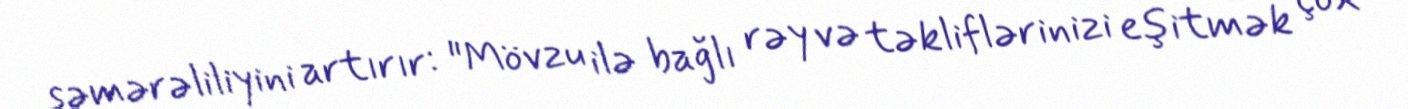
səmərəliliyini artırır: "Mövzu ilə bağlı rəy və təkliflərinizi eşitmək çox